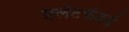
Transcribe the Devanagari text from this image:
फ़्लैटफेंडर्स